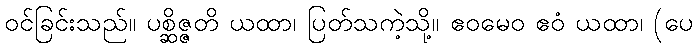
ဝင်ခြင်းသည်။ ပစ္ဆိဇ္ဇတိ ယထာ၊ ပြတ်သကဲ့သို့။ ဧဝမေဝ ဧဝံ ယထာ၊ (ပေ